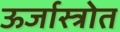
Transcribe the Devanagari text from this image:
ऊर्जास्त्रोत